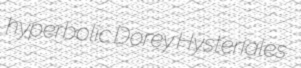
hyperbolic Dorey Hysteriales